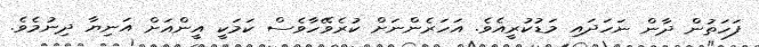
ފަހަތުން ދާން ނަހަދައި މަޑުކުރީއެވެ. އަހަރެންނަށް ކުރެވޭހާވެސް ކަމަކީ އީންއަށް އަނިޔާ ދިނުމެވެ.